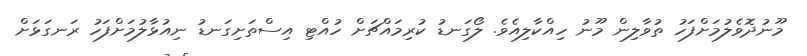
މޫނުދޮވެލުމަށްފަހު ތުވާލިން މޫނު ހިއްކާލިއެވެ. ލޯގަނޑު ކުރިމައްޗަށް ހުއްޓި އިސްތަށިގަނޑު ނިއުޅާލުމަށްފަހު ރަނގަޅަށް